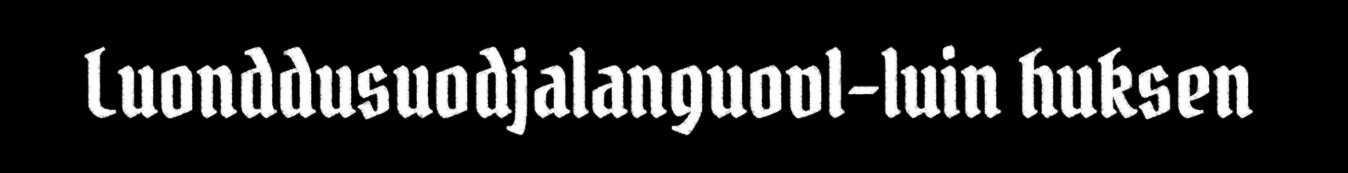
Luonddusuodjalanguovl-luin huksen